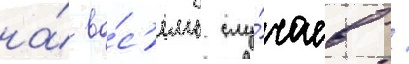
на́ во́с'емь слу́чаев /